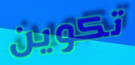
تكوين